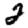
Digit: 2